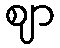
ဈာ